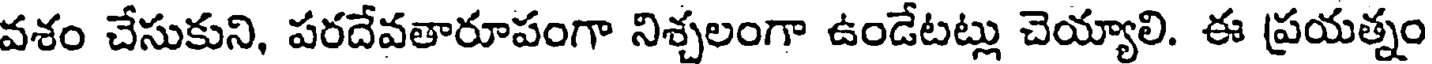
వశం చేసుకుని, పరదేవతారూపంగా నిశ్చలంగా ఉండేటట్లు చెయ్యాలి. ఈ ప్రయత్నం